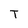
Character: T